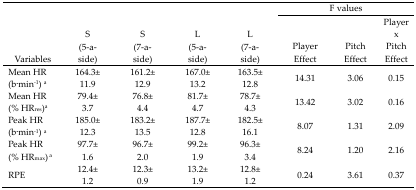
<table><thead><tr><td rowspan="2"><b>Variables</b></td><td rowspan="2"><b>S (5-a side)</b></td><td rowspan="2"><b>S (7-a side)</b></td><td rowspan="2"><b>L (5-a side)</b></td><td rowspan="2"><b>L (7-a side)</b></td><td colspan="3"><b>F values</b></td></tr><tr><td><b>Player Effect</b></td><td><b>Pitch Effect</b></td><td><b>Player × Pitch Effect</b></td></tr></thead><tbody><tr><td>Mean HR (b·min<sup>−1</sup>) <sup>a</sup></td><td>164.3±11.9</td><td>161.2±12.9</td><td>167.0±13.2</td><td>163.5±12.8</td><td>14.31</td><td>3.06</td><td>0.15</td></tr><tr><td>Mean HR (% HR<sub>res</sub>)<sup>a</sup></td><td>79.4±3.7</td><td>76.8±4.4</td><td>81.7±4.7</td><td>78.7±4.3</td><td>13.42</td><td>3.02</td><td>0.16</td></tr><tr><td>Peak HR (b·min<sup>−1</sup>) <sup>a</sup></td><td>185.0±12.3</td><td>183.2±13.5</td><td>187.7±12.8</td><td>182.5±16.1</td><td>8.07</td><td>1.31</td><td>2.09</td></tr><tr><td>Peak HR (% HR<sub>max</sub>) <sup>a</sup></td><td>97.7±1.6</td><td>96.7±2.0</td><td>99.2±1.9</td><td>96.3±3.4</td><td>8.24</td><td>1.20</td><td>2.16</td></tr><tr><td>RPE</td><td>12.4±1.2</td><td>12.3±0.9</td><td>13.2±1.9</td><td>12.8±1.2</td><td>0.24</td><td>3.61</td><td>0.37</td></tr></tbody></table>